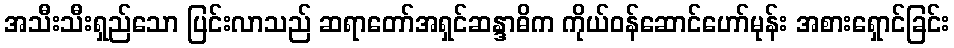
အသီးသီးရှည်သော ပြင်းလာသည် ဆရာတော်အရှင်ဆန္ဒာဓိက ကိုယ်ဝန်ဆောင်ဟော်မုန်း အစားရှောင်ခြင်း